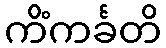
ကိံကင်္ခတိ